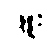
ဖြူး